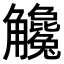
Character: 𧥓